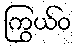
ကြွယ်ဝ